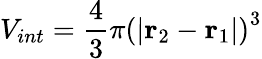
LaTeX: V_{int}=\frac{4}{3}\pi\left(|\mathbf{r}_{2}-\mathbf{r}_{1}|\right)^{3}